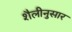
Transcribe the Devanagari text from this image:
शैलीनुसार